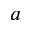
a